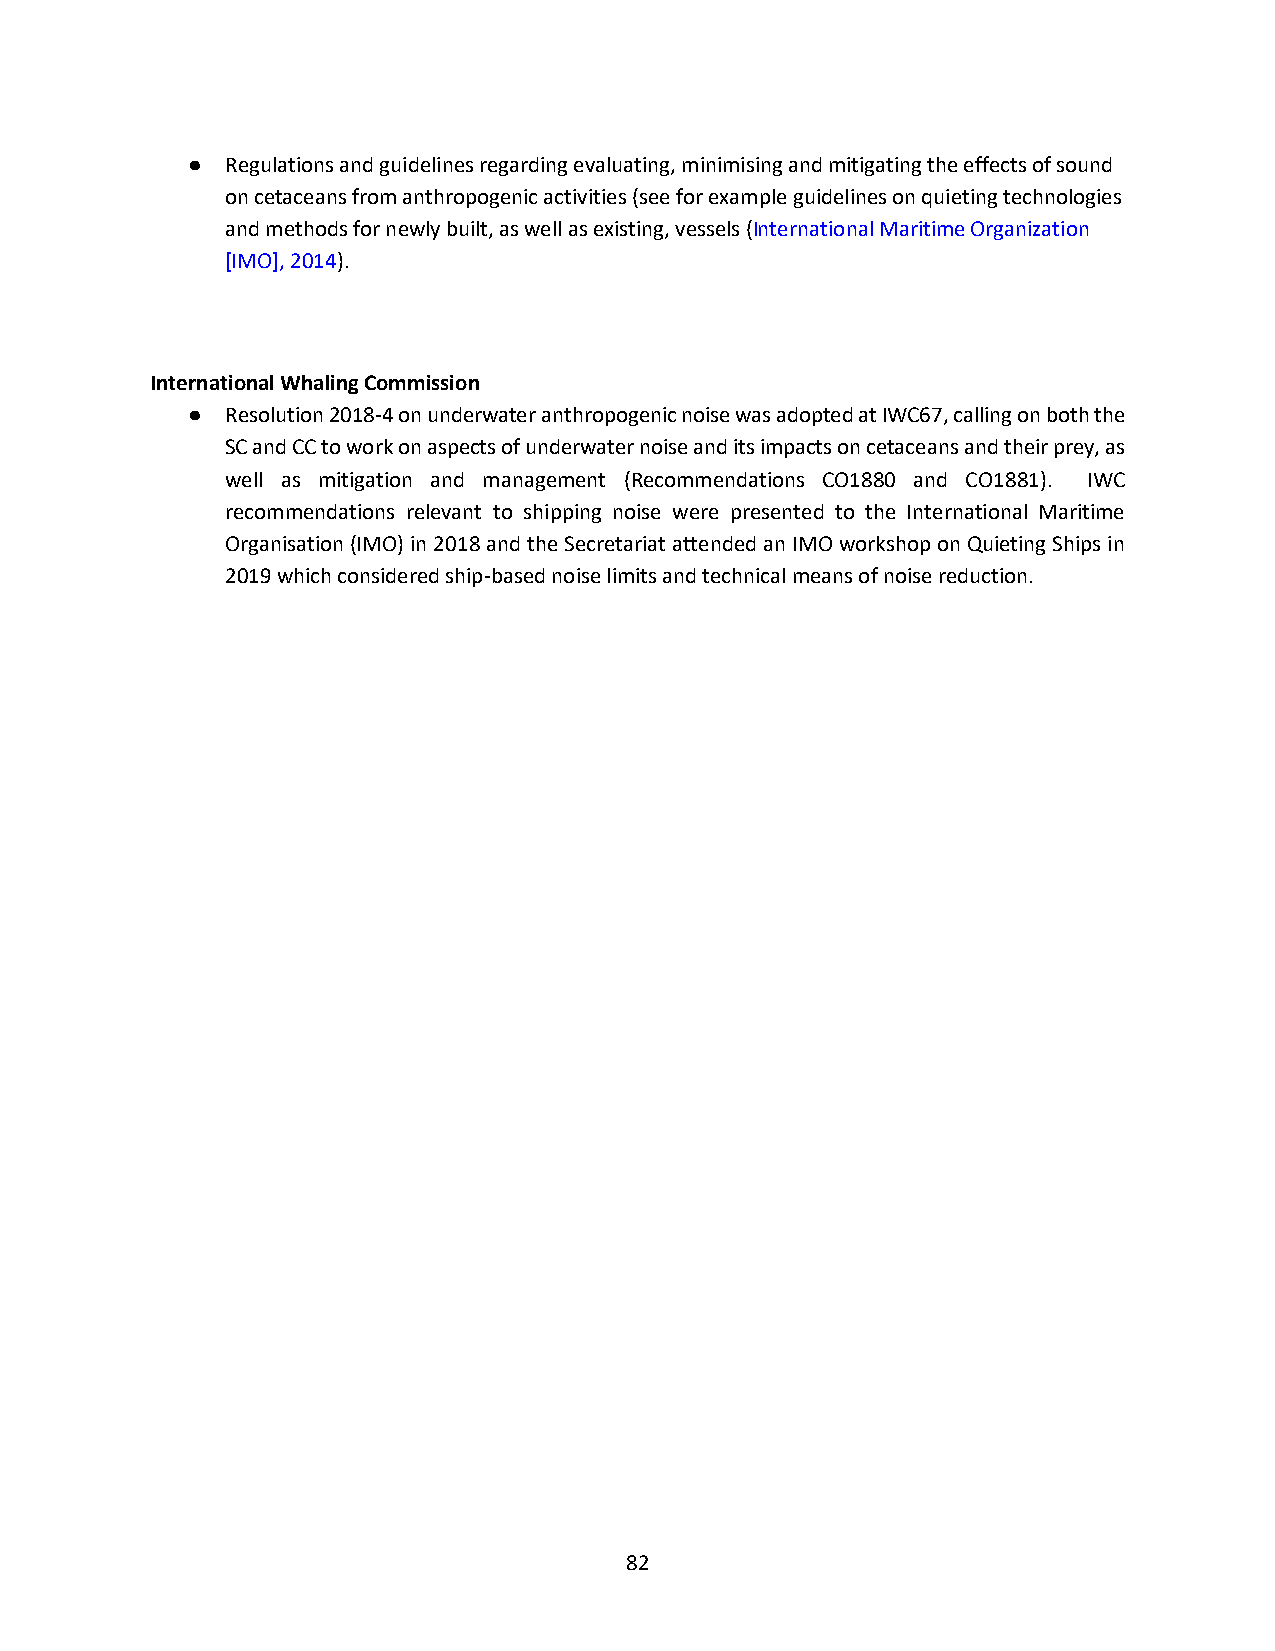
●  Regulations and guidelines regarding evaluating, minimising and mitigating the effects of sound
 on cetaceans from anthropogenic activities (see for example guidelines on quieting technologies
 and methods for newly built, as well as existing, vessels (International Maritime Organization
 [IMO], 2014).
 International Whaling Commission
 ●  Resolution 2018-4 on underwater anthropogenic noise was adopted at IWC67, calling on both the
 SC and CC to work on aspects of underwater noise and its impacts on cetaceans and their prey, as
 well as mitigation and management (Recommendations CO1880 and CO1881). IWC
 recommendations relevant to shipping noise were presented to the International Maritime
 Organisation (IMO) in 2018 and the Secretariat attended an IMO workshop on Quieting Ships in
 2019 which considered ship-based noise limits and technical means of noise reduction.
 82